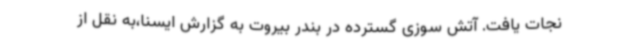
نجات یافت. آتش سوزی گسترده در بندر بیروت به گزارش ایسنا،به نقل از